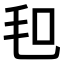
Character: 𣬣